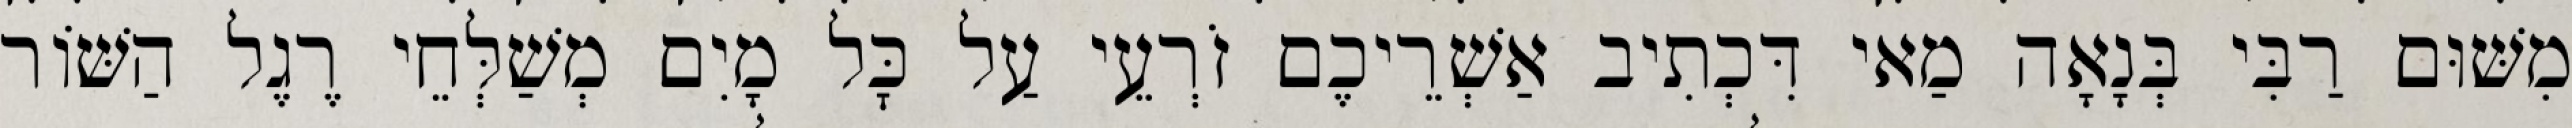
מִשּׁוּם רַבִּי בְּנָאָה מַאי דִּכְתִיב אַשְׁרֵיכֶם זֹרְעֵי עַל כׇּל מָיִם מְשַׁלְּחֵי רֶגֶל הַשּׁוֹר